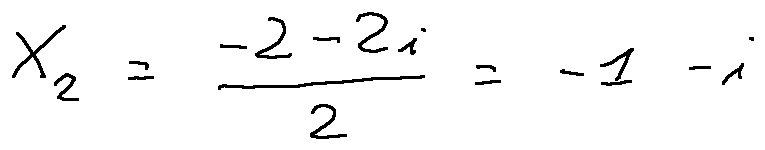
X _ { 2 } = \frac { - 2 - 2 i } { 2 } = - 1 - i